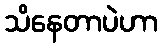
သိနေတာပဲဟာ